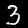
Digit: 3